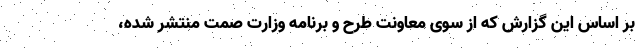
بر اساس این گزارش که از سوی معاونت طرح و برنامه وزارت صمت منتشر شده،